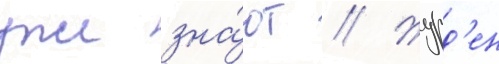
уже зна́ют // Журд'ен